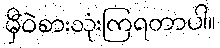
မှီဝဲစားသုံးကြရတာပါ။